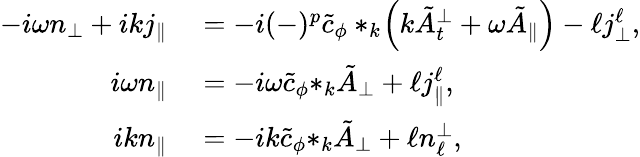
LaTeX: \begin{array}{rl}{-i\omega{n_{\perp}}+ik{j_{\| }}}&{{}=-i(-)^{p}\tilde{c}_{\phi}*_{k}\! \left(k\tilde{A}_{t}^{\perp}+\omega\tilde{A}_{\| }\right)-\ell{j_{\perp}^{\ell}},}\\ {i\omega{n}_{\| }}&{{}=-i\omega\tilde{c}_{\phi}{*_{k}\tilde{A}_{\perp}}+\ell j_{\| }^{\ell},}\\ {ik{n_{\| }}}&{{}=-ik\tilde{c}_{\phi}{*_{k}\tilde{A}_{\perp}}+\ell{n_{\ell}^{\perp}},}\end{array}